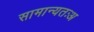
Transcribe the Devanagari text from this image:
सामान्यतःअ